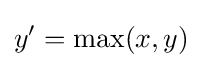
y'=\max(x,y)